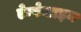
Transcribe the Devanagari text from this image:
ऐम्फेटाइन